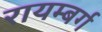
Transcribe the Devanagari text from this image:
रायम्बर्ग